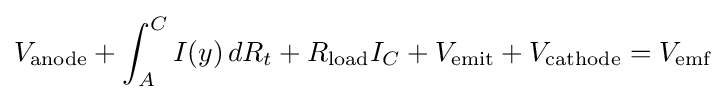
V_{\mathrm {anode} }+\int _{A}^{C}I(y)\,dR_{t}+R_{\mathrm {load} }I_{C}+V_{\mathrm {emit} }+V_{\mathrm {cathode} }=V_{\mathrm {emf} }